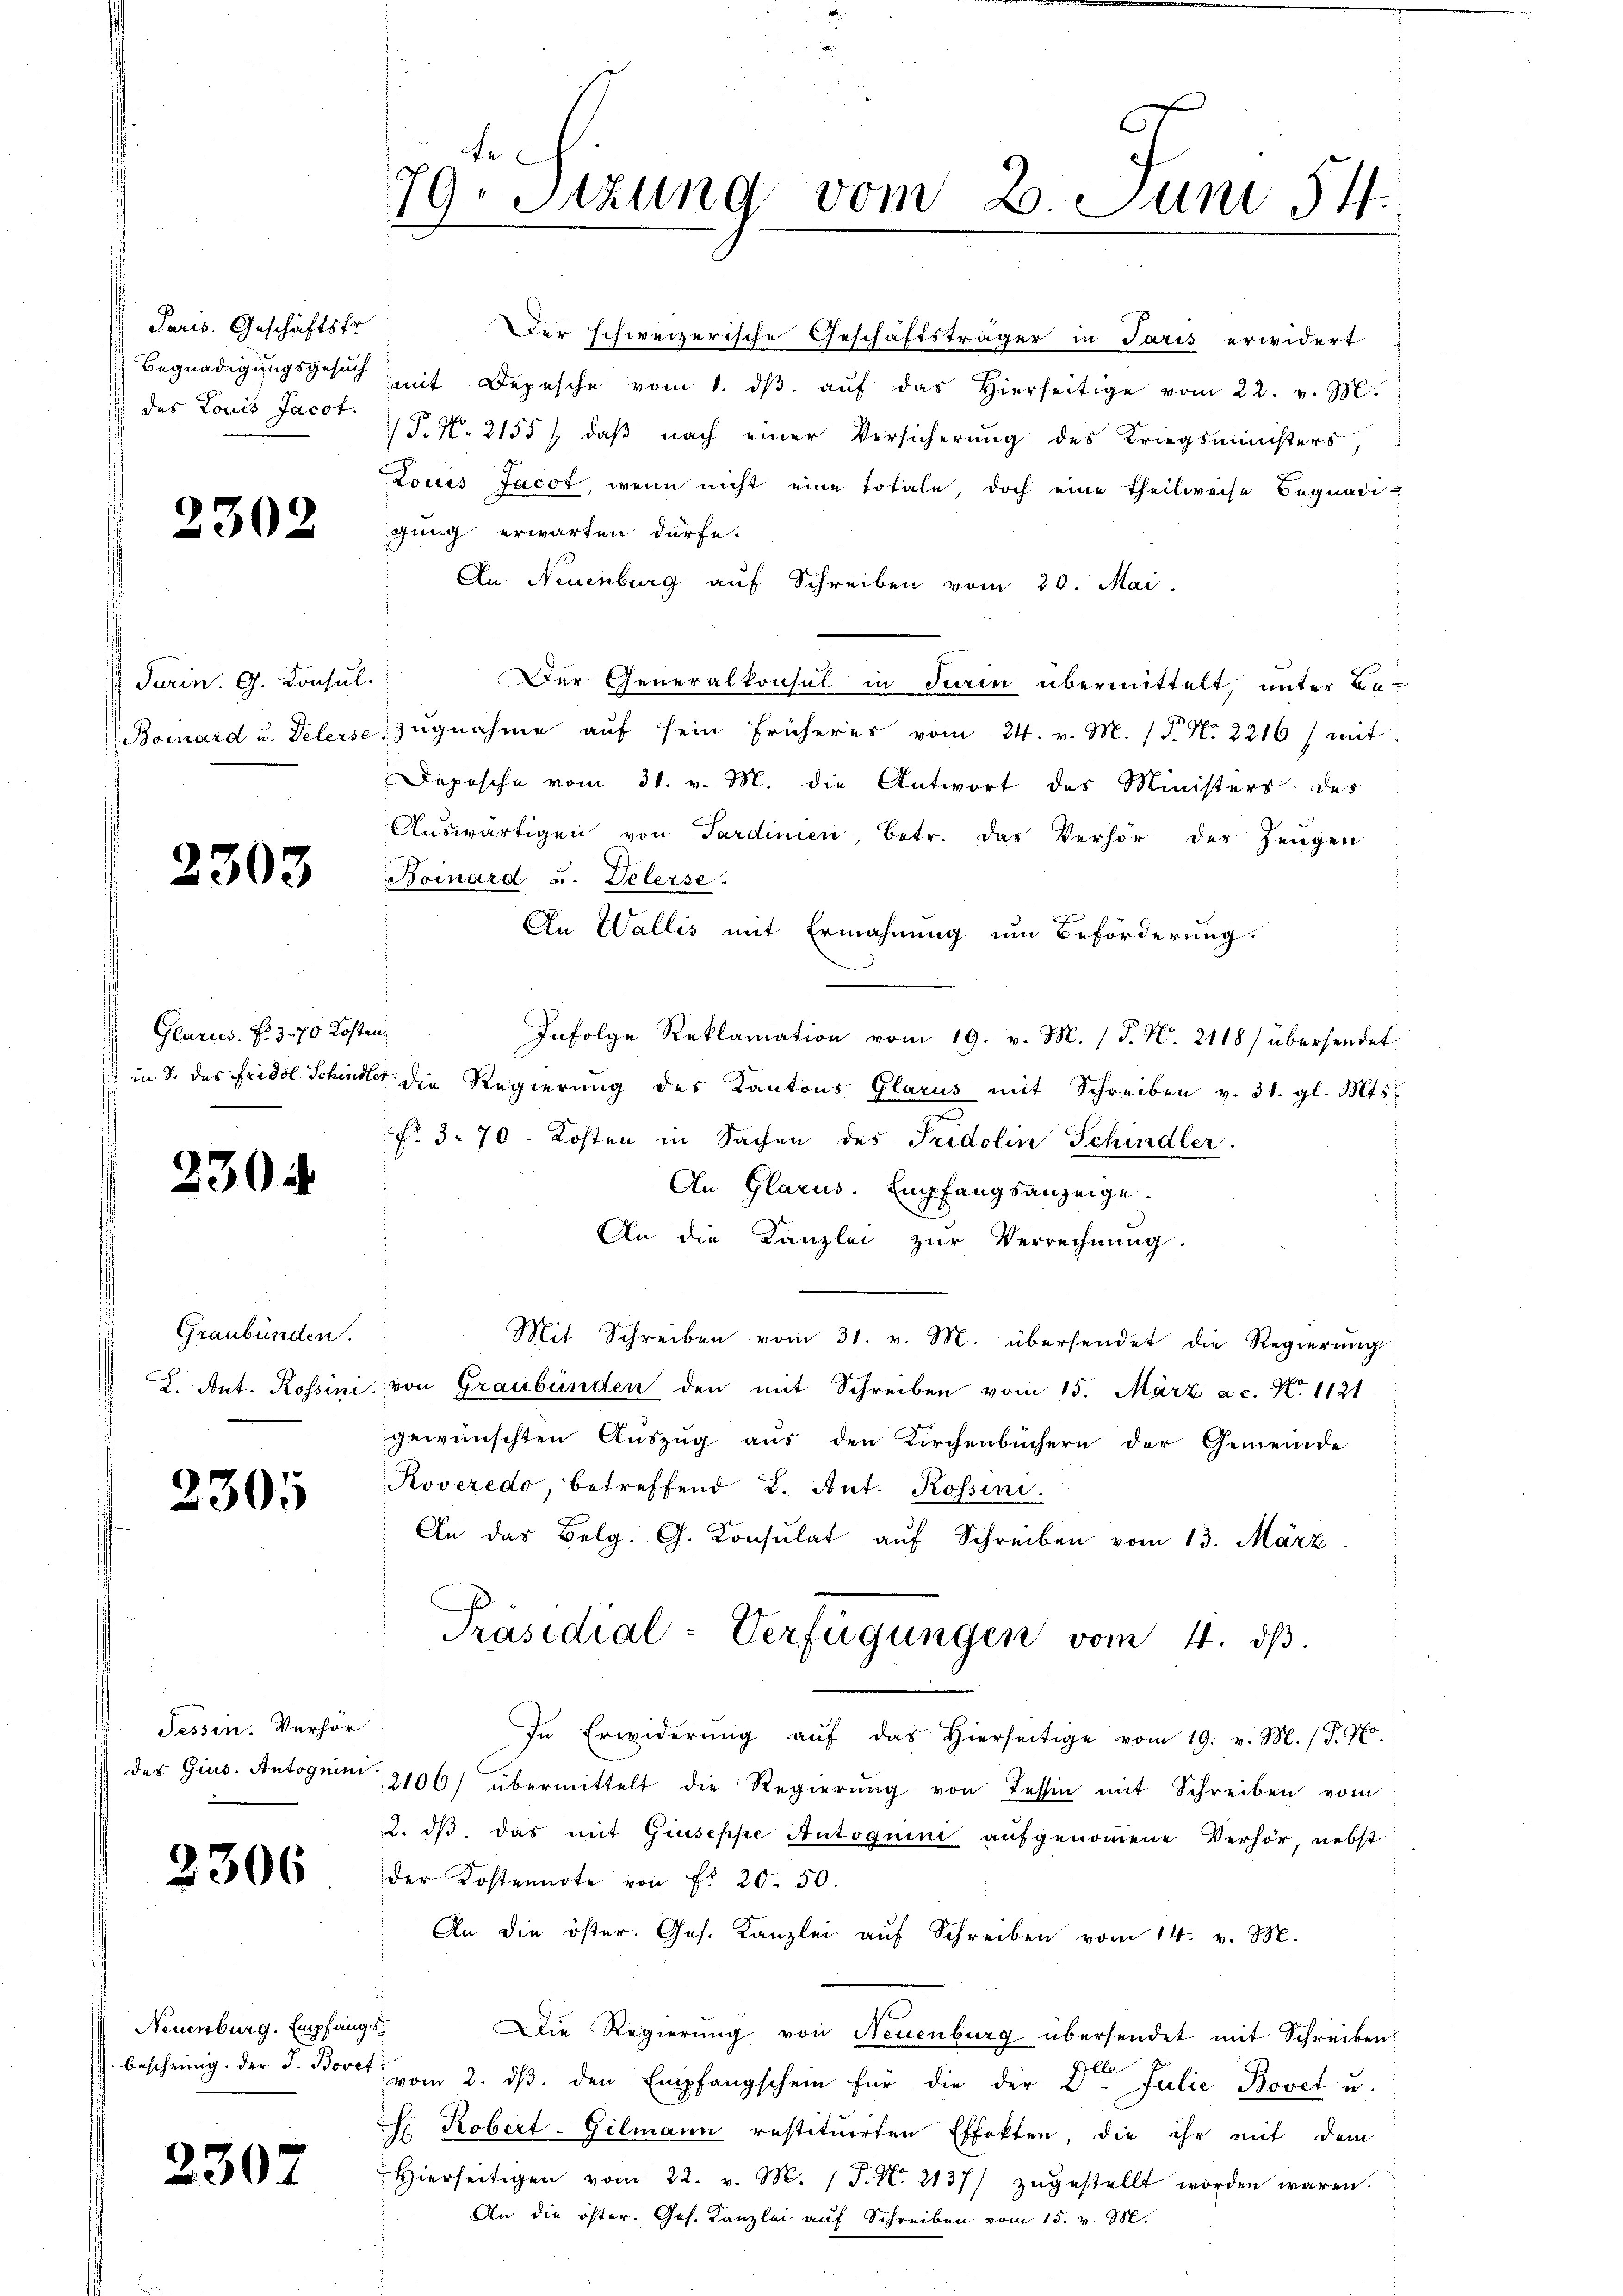
Paris. Geschäftsfr.
des Louis Jacot.

2302

Turin. G. Konsul

G

2303

Glarus. N. 3. 70 Kosten,

2304

Graubünden.

2305

Sessen. Verhör

2306

Neuenburg. Empfangs¬

2307

79. Sitzung vom 2. Juni 54.
2

Der schweizerische Geschäftsträger in Paris erwidert
Begnadigŭngsgesŭch mit Depesche vom 1. dβ aŭf das hierseitige vom 22. v. M.
/T. N. 2155), daß nach einer Versicherung des Kriegsministers,
Louis Jacot, wenn nicht eine totale, doch eine theilweise Begnadigung erwarten dürfe.
An Neuenburg auf Schreiben vom 20. Mai.
Der Generalkonsul in Turin übermittelt, unter Be-
Bomard u. Pelerse zŭgnahme aŭf sein früheres vom 24. v. M. (T. N. 2216) mit
Dopische vom 31. v. M. die Antwort des Ministers des
Auswärtigen von Sardinien, betr. das Verhör der Zeugen
Boinard u. Velerse
An Wallis mit Ermahnung um Beförderung.
Infolge Reklamation vom 19. v. M. (T. N. 2118/ übersendet.
s in S. das Fridol. Schindler die Regierung des Kantons Glarus mit Schreiben v. 31. gl. Mts.
No. 3. 70. Kosten in Sachen des Tridolin Schindler.
An Glarus. Empfangsanzeige.
An die Kanzlei zur Verrechnung.
Mit Schreiben vom 31. v. M. übersendet die Regierŭng
2. Ant. Rossini, von Graubünden den mit Schreiben vom 15. März a.c. No. 1121
gewünschten Auszug aus den Kirchenbüchern der Gemeinde
Roveredo, betreffend L. Ant. Rossini.
An das Belg. G. Consulat auf Schreiben vom 13. März.
Präsidial-Verfügungen vom 4. ds.
In Erwiderŭng aŭf das hierseitige vom 19. v. M. (T. No.
des Gius. Antoguin 106) übermittelt die Regierŭng von Tessin mit Schreiben vom
2. dβ das mit Giuseppe Autoguini aufgenommene Verhör, nebst
der Kostennote von Fr. 20. 50.
An die öster. Ges. Kanzlei aŭf Schreiben vom 14. v. M.
Die Regierŭng von Neuenburg übersendet mit Schreiben.
bescheinig. der J. Bovet vom 2. ds. den Empfangschein für die der Den Julie Bovet u.
h Robert-Gilmann restituirten Effekten, die ihr mit dem
Hierseitigen vom 22. v. M. J. N. 2137) zŭgestellt worden waren.
An die öster- Ges. Kanzlei auf Schreiben vom 15. v. M.